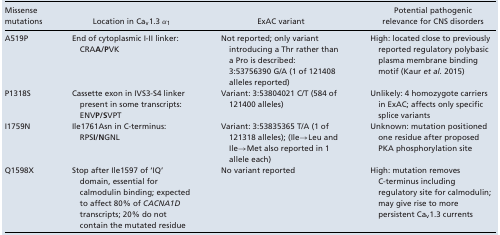
<table><thead><tr><td><b>Missense</b></td><td>[EMPTY_CELL]</td><td>[EMPTY_CELL]</td><td><b>Potential pathogenic</b></td></tr><tr><td><b>mutations</b></td><td><b>Location in Ca<sub>v</sub>1.3 α<sub>1</sub></b></td><td><b>ExAC variant</b></td><td><b>relevance for CNS disorders</b></td></tr></thead><tbody><tr><td>A519P</td><td>End of cytoplasmic I‐II linker: CRA<b>A/P</b>VK</td><td>Not reported; only variant introducing a Thr rather than a Pro is described: 3:53756390 G/A (1 of 121408 alleles reported)</td><td>High: located close to previously reported regulatory polybasic plasma membrane binding motif (Kaur <i>et al</i>. 2015)</td></tr><tr><td>P1318S</td><td>Cassette exon in IVS3‐S4 linker present in some transcripts: ENV<b>P/S</b>VPT</td><td>Variant: 3:53804021 C/T (584 of 121400 alleles)</td><td>Unlikely: 4 homozygote carriers in ExAC; affects only specific splice variants</td></tr><tr><td>I1759N</td><td>Ile1761Asn in C‐terminus: RPS<b>I/N</b>GNL</td><td>Variant: 3:53835365 T/A (1 of 121318 alleles); (Ile→Leu and Ile→Met also reported in 1 allele each)</td><td>Unknown: mutation positioned one residue after proposed PKA phosphorylation site</td></tr><tr><td>Q1598X</td><td>Stop after Ile1597 of ‘IQ’ domain, essential for calmodulin binding; expected to affect 80% of <i>CACNA1D</i> transcripts; 20% do not contain the mutated residue</td><td>No variant reported</td><td>High: mutation removes C‐terminus including regulatory site for calmodulin; may give rise to more persistent Ca<sub>v</sub>1.3 currents</td></tr></tbody></table>